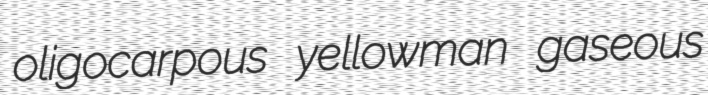
oligocarpous yellowman gaseous